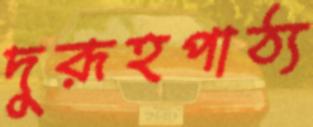
দুরূহপাঠ্য